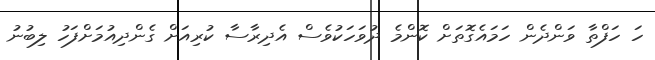
ހަ ހަފްތާ ވަންދެން ހަމައެގޮތަށް ކޮންމެ ދުވަހަކުވެސް އެދިރާސާ ކުރިއަށް ގެންދިއުމަށްފަހު ލިބުނު